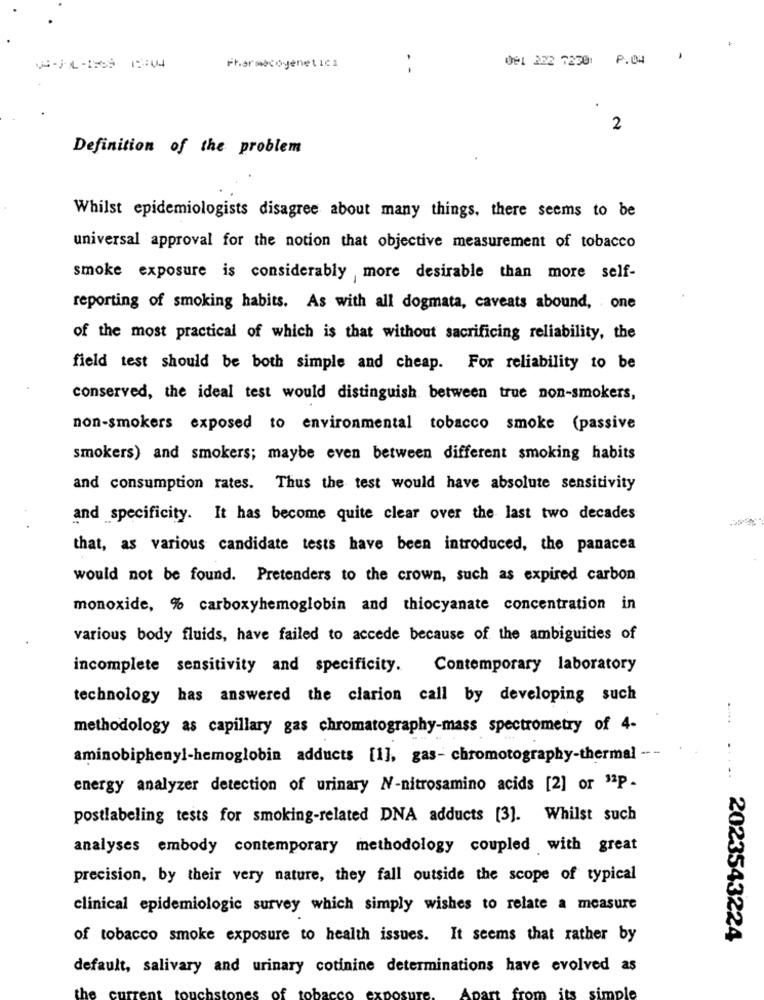
De1 322 7250: P.04
Pharmacogenetics
. -
2
Definition of the problem
Whilst epidemiologists disagree about many things, there seems to be
universal approval for the notion that objective measurement of tobacco
smoke exposure is considerably more desirable than more self-
reporting of smoking habits. As with all dogmata, caveats abound, one
of the most practical of which is that without sacrificing reliability, the
field test should be both simple and cheap. For reliability to be
conserved, the ideal test would distinguish between true non-smokers,
non-smokers exposed to environmental tobacco smoke (passive
smokers) and smokers; maybe even between different smoking habits
and consumption rates. Thus the test would have absolute sensitivity
and specificity. It has become quite clear over the last two decades
that, as various candidate tests have been introduced, the panacea
would not be found. Pretenders to the crown, such as expired carbon.
monoxide, % carboxyhemoglobin and thiocyanate concentration in
various body fluids, have failed to accede because of the ambiguities of
incomplete sensitivity and specificity.
Contemporary laboratory
technology has answered the clarion call by developing such
methodology as capillary gas chromatography-mass spectrometry of 4-
.....
aminobiphenyl-hemoglobin adducts [1], gas- chromotography-thermal ---
energy analyzer detection of urinary N-nitrosamino acids [2] or 32P-
postlabeling tests for smoking-related DNA adducts [3]. Whilst such
analyses embody contemporary methodology coupled with great
precision, by their very nature, they fall outside the scope of typical
clinical epidemiologic survey which simply wishes to relate a measure
of tobacco smoke exposure to health issues. It seems that rather by
..... 2023543224
default, salivary and urinary cotinine determinations have evolved as
the
its
simple